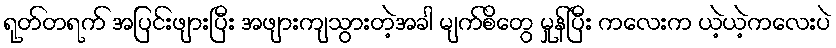
ရုတ်တရက် အပြင်းဖျားပြီး အဖျားကျသွားတဲ့အခါ မျက်စိတွေ မှုန်ပြီး ကလေးက ယဲ့ယဲ့ကလေးပဲ